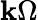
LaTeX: \mathbf{k}\Omega